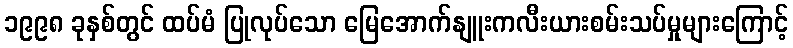
၁၉၉၈ ခုနှစ်တွင် ထပ်မံ ပြုလုပ်သော မြေအောက်နျူးကလီးယားစမ်းသပ်မှုများကြောင့်